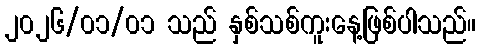
၂၀၂၆/၀၁/၀၁ သည် နှစ်သစ်ကူးနေ့ဖြစ်ပါသည်။